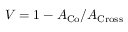
V = 1 - A _ { \mathrm { C o } } / A _ { \mathrm { C r o s s } }